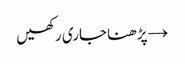
→ پڑھنا جاری رکھیں